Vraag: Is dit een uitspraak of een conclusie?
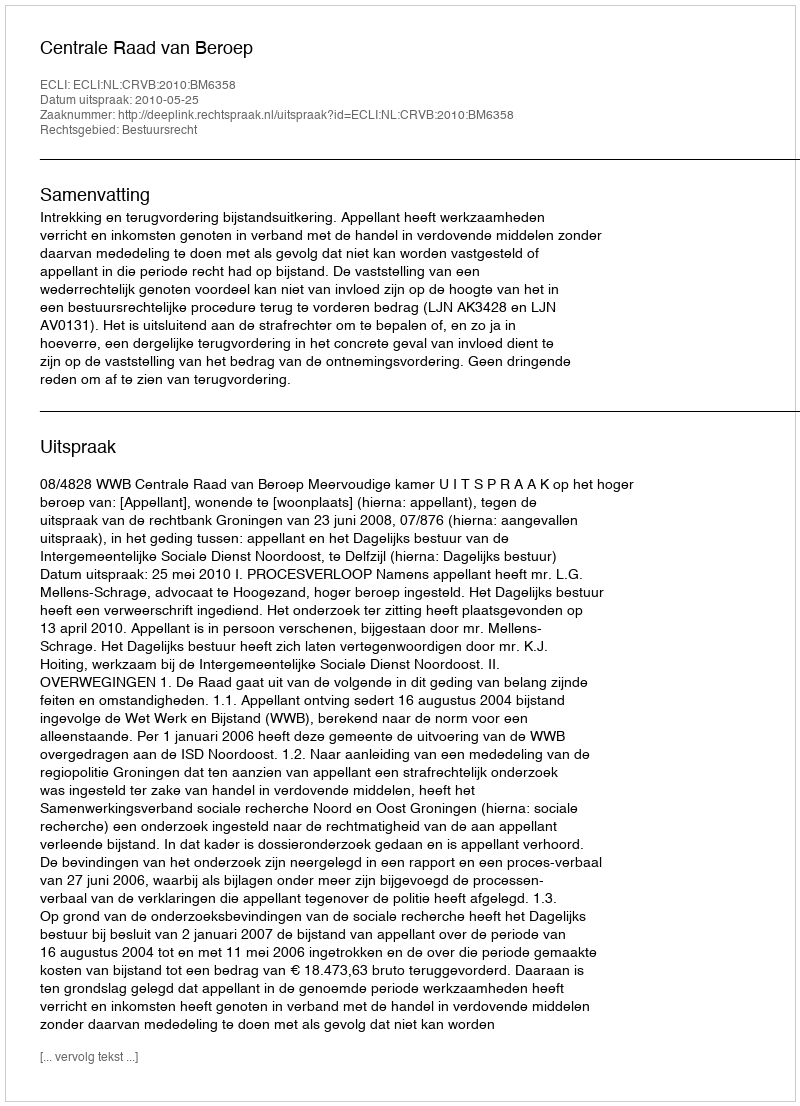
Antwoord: Uitspraak